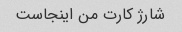
شارژ کارت من اینجاست